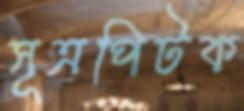
সূত্রপিটক